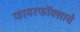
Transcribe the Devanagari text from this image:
फायरफॉक्साचे